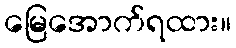
မြေအောက်ရထား။